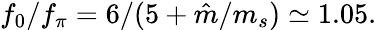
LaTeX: f_{0}/f_{\pi}=6/(5+\hat{m}/m_{s})\simeq 1.05.